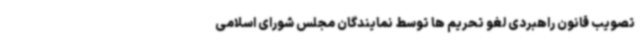
تصویب قانون راهبردی لغو تحریم ها توسط نمایندگان مجلس شورای اسلامی